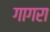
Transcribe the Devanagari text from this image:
गागरा